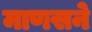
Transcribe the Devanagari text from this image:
माणसने